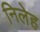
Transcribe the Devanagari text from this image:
निलेह